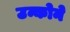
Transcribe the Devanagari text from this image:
उन्कोने